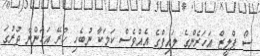
ސޯ ޕްލީޒް އަހަރެންގެ ލައިފްގެ އެއްވެސް ކަމަކާ ނުބެހި ހުރޭ އަހަންނާ ދުރުގަ